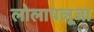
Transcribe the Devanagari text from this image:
लोलापलूजा